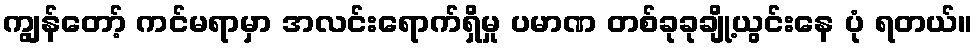
ကျွန်တော့် ကင်မရာမှာ အလင်းရောက်ရှိမှု ပမာဏ တစ်ခုခုချို့ယွင်းနေ ပုံ ရတယ်။